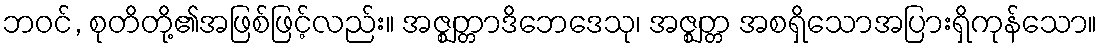
ဘဝင်, စုတိတို့၏အဖြစ်ဖြင့်လည်း။ အဇ္ဈတ္တာဒိဘေဒေသု၊ အဇ္ဈတ္တ အစရှိသောအပြားရှိကုန်သော။